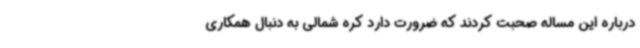
درباره این مساله صحبت کردند که ضرورت دارد کره شمالی به دنبال همکاری